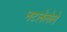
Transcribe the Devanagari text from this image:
नटलेलेले